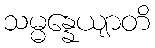
သမ္မန္နေယျာတိ